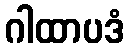
ဂါထာပဒံ